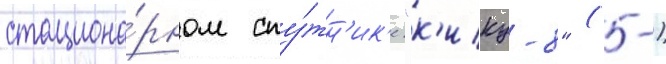
стациона́рном спу́тн'ик'е "к'ику-8" (-)